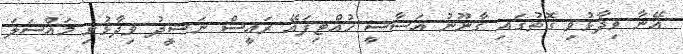
އޭނާ ވިދާޅުވި ގޮތުގައި ގާނޫނު އަސާސީ ހުއްޓިފައޭ ރައީސް ނަޝީދު ވިދާޅުވި މައްސަލަ